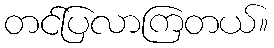
တင်ပြလာကြတယ်။